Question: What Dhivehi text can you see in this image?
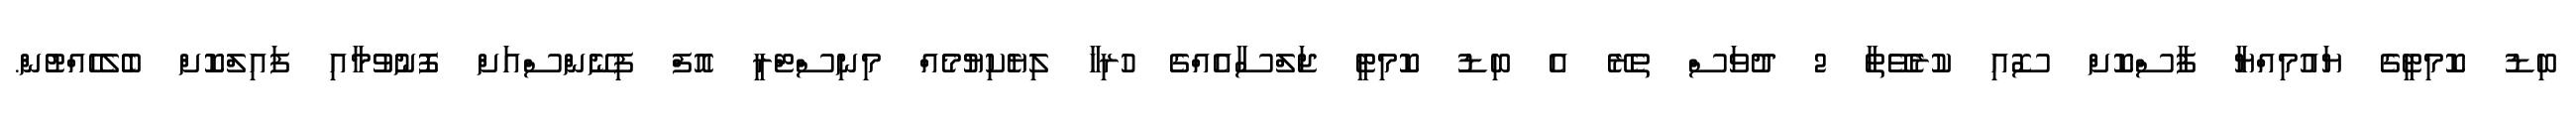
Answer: ބިޑު ކޮމިޓީގެ ޔައުމިއްޔާ ފާސްކޮށް ސޮއި ކުރެވޭތާ 2 ދުވަސް ތެރޭ އެ ބިޑު ކޮމިޓީ ޖަލްސާއެއްގެ ހުރިހާ ލިޔެކިޔުމެއް މިނިސްޓްރީ އޮފް ފިނޭންސްއަށް ފޮނުވުމާއި ފައިލްކޮށް ބެލެހެއްޓުން.